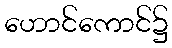
ဟောင်ကောင်၌